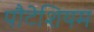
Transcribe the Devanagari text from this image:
पौटेशियम